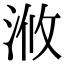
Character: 浟